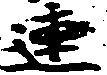
連